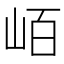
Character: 𭖖